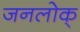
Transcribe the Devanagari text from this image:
जनलोक्